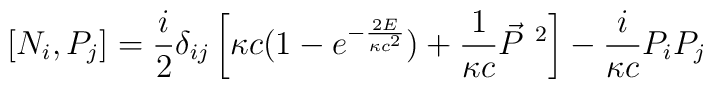
[N_i, P_j] = \frac{i}{2} \delta_{ij}  \left[ \kappa c (1 - e ^{ -\frac{2E}{\kappa c^2} })+ \frac{1}{\kappa  c}\vec{P}^{\ 2}\right] - \frac{i}{\kappa c}P_i P _j